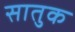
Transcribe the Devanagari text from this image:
सातुक